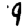
Digit: 9